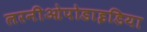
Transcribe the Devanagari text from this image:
लरनीओपोडाइडिया